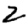
Digit: 2